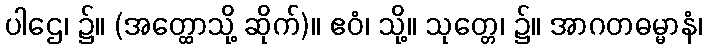
ပါဌေ၊ ၌။ (အတ္ထောသို့ ဆိုက်)။ ဧဝံ၊ သို့။ သုတ္တေ၊ ၌။ အာဂတဓမ္မာနံ၊